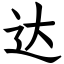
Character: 达